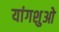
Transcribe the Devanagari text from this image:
यांगशुओ